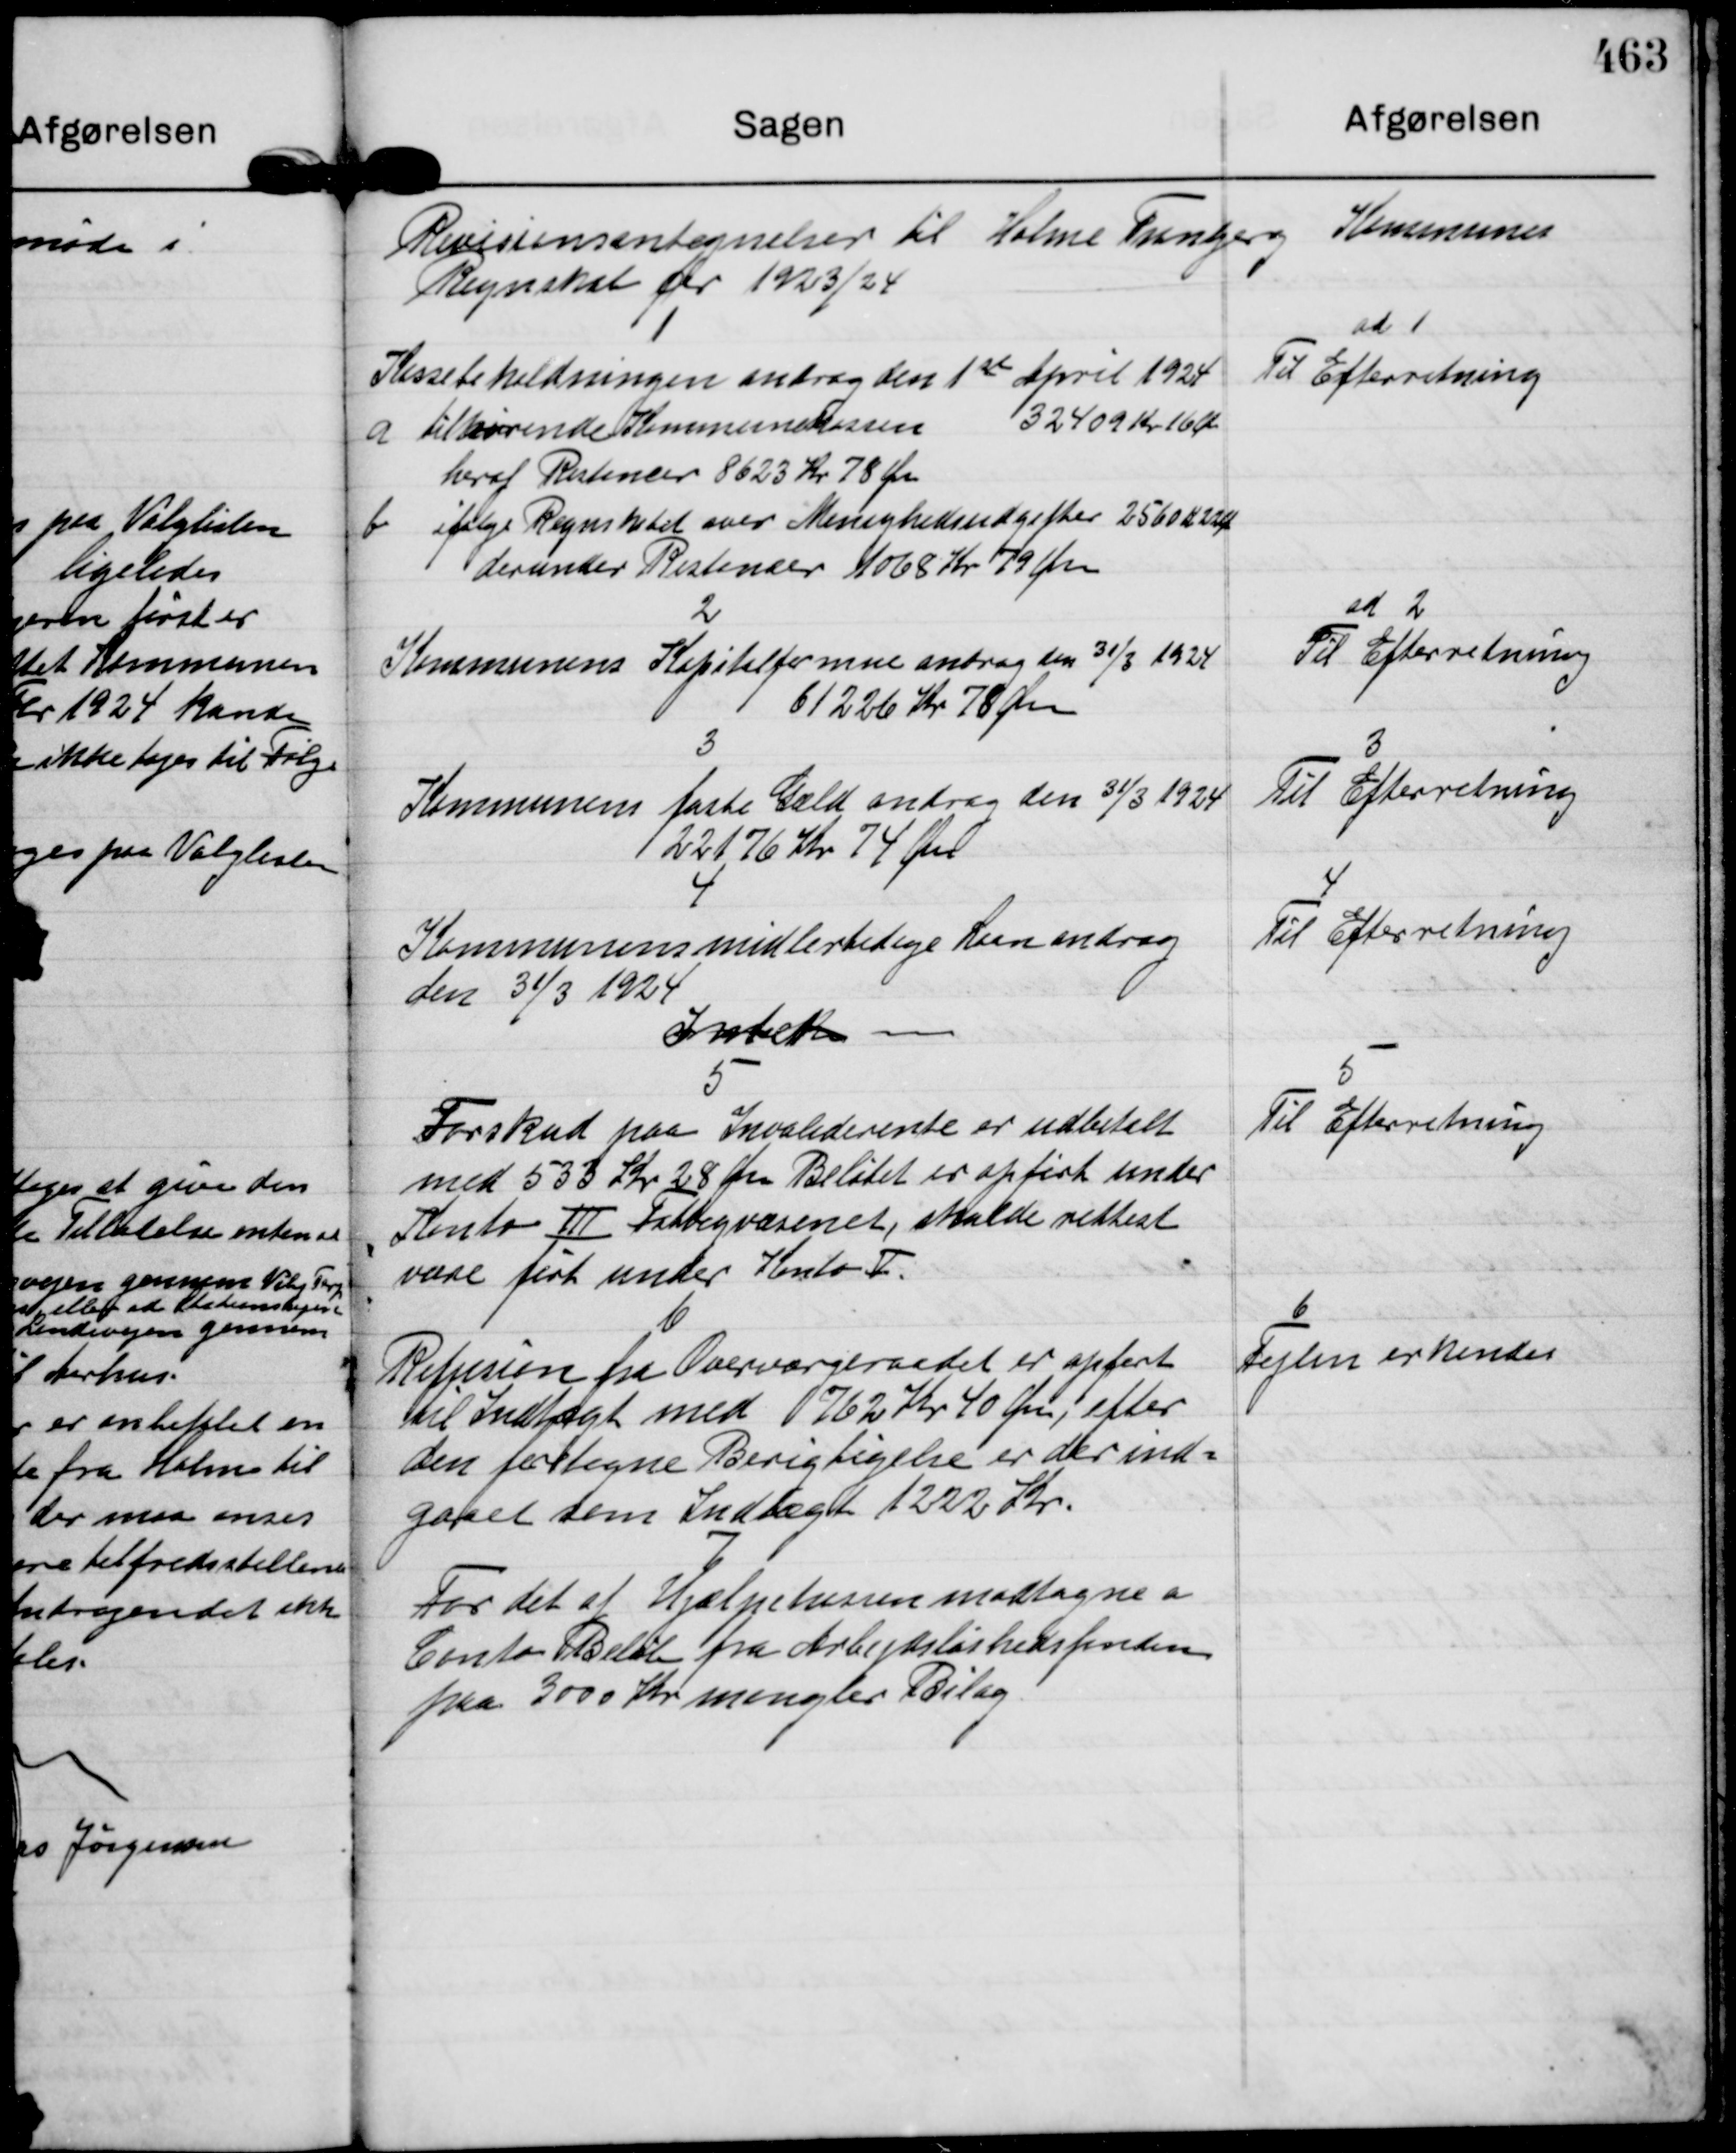
Transskription:
Revisionsantegnelser til Holme Tranbjerg Kommunes
Regnskab for 1923/24

Kassebeholdningen androg den 1 ste April 1924
a tilhørende Kommunekassen
32409 Kr 16 Øre
heraf Restencer 8623 Kr 78 Øre
b ifølge Regnskabet over Menighedsudgifter 2560 K 22 Øre
derunder Restencer 1068 Kr 79 Øre

ad 1
Til Efterretning

2
Kommunens Kapitalformue androg den 31/3 1924
61226 Kr 78 Øre

ad 2
Til Efterretning

3
Kommunens faste Gæld androg den 31/3 1924
22176 Kr 74 Øre

3
Til Efterretning

4
Kommunens midlertidige Laan androg
den 31/3 1924
Intet -

4
Til Efterretning

5
Forskud paa Invaliderente er udbetalt
med 533 Kr 28 Øre Beløbet er opført under
Konto Ⅲ Fattigvæsenet, skulde rettest
være ført under Konto Ⅴ.

5
Til Efterretning

Refusion fra Overværgeraadet er opført
til Indtægt med 762 Kr 40 Øre, efter
den foretagne Berigtigelse er der ind=
gaaet som Indtægt 1222 Kr.

6
Fejlen erkendes

7
For det af Hjælpekassen modtagne a
Conto Beløb fra Arbejdsløshedsfonden
paa 3000 Kr mangler Bilag.